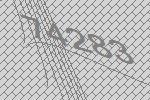
74283